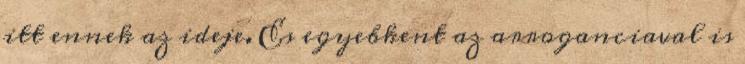
itt ennek az ideje. Es egyebkent az arroganciaval is